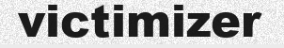
victimizer